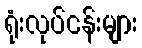
ရုံးလုပ်ငန်းများ